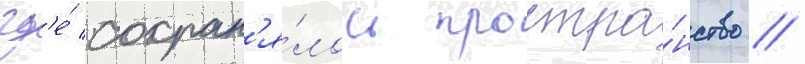
гд'е́ сохран'я́лось простра́нство /